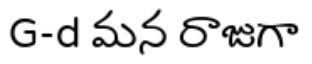
G-d మన రాజుగా